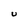
Character: U